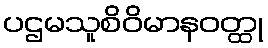
ပဌမသူစိဝိမာနဝတ္ထု